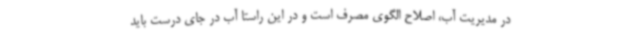
در مدیریت آب، اصلاح الگوی مصرف است و در این راستا آب در جای درست باید